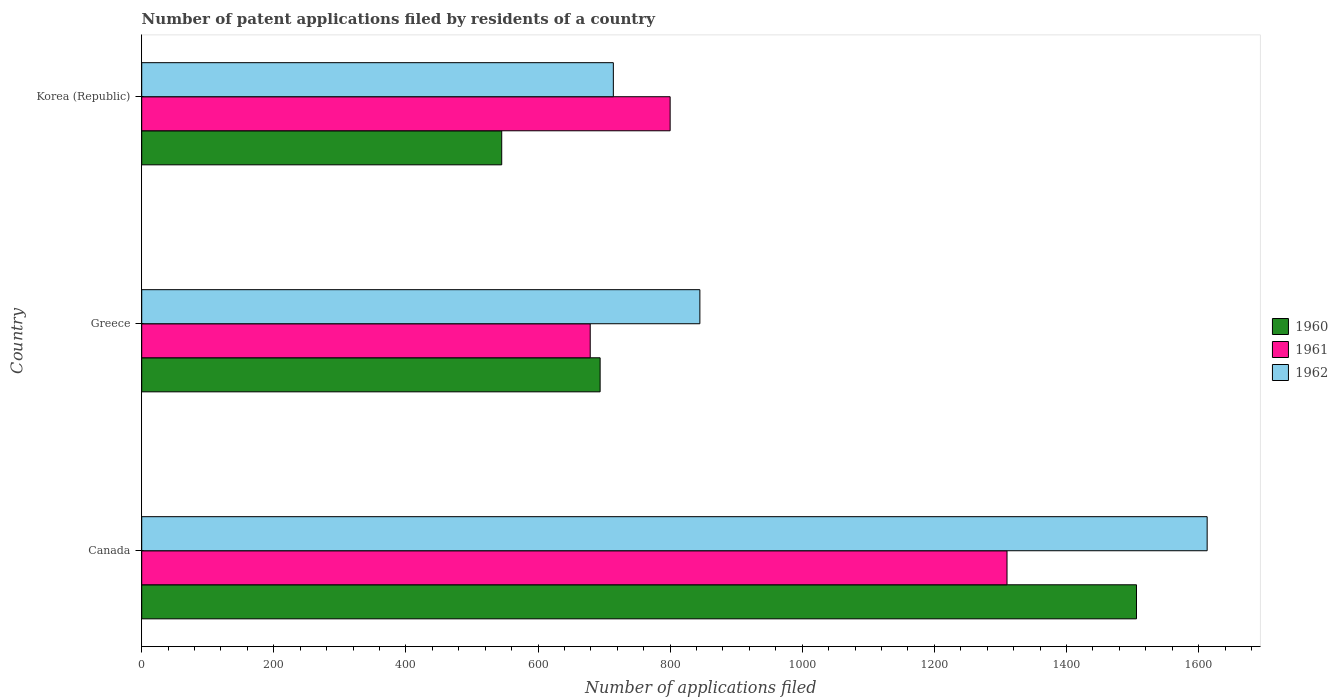
| Country | 1960 | 1961 | 1962 |
 | --- | --- | --- | --- |
 | Canada | 1.51e+03 | 1.31e+03 | 1.61e+03 |
 | Greece | 694 | 679 | 845 |
 | Korea (Republic) | 545 | 800 | 714 |